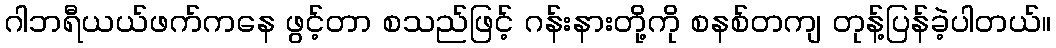
ဂါဘရီယယ်ဖက်ကနေ ဖွင့်တာ စသည်ဖြင့် ဂန်းနားတို့ကို စနစ်တကျ တုန့်ပြန်ခဲ့ပါတယ်။